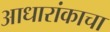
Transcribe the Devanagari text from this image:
आधारांकाचा